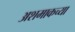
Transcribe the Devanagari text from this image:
अशमाकच्या